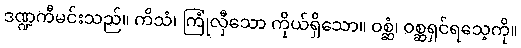
ဒဏ္ဍကီမင်းသည်။ ကိသံ၊ ကြုံလှီသော ကိုယ်ရှိသော။ ဝစ္ဆံ၊ ဝစ္ဆရှင်ရသေ့ကို။